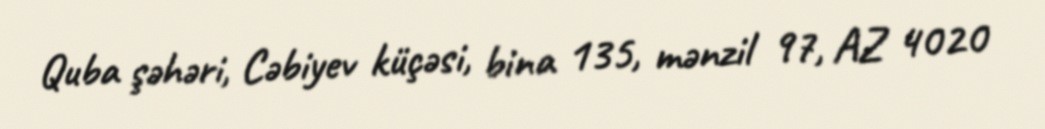
Quba şəhəri, Cəbiyev küçəsi, bina 135, mənzil 97, AZ 4020